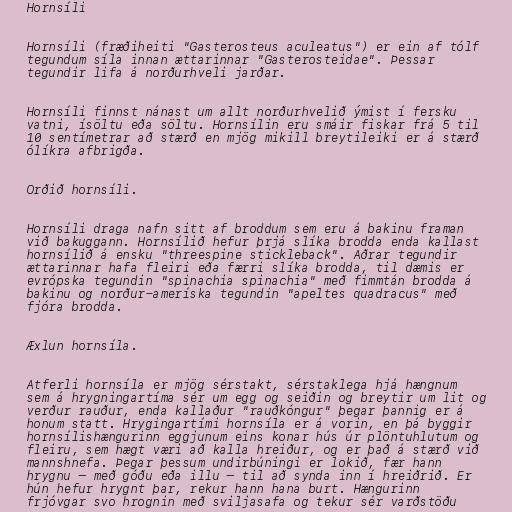
Hornsíli

Hornsíli (fræðiheiti "Gasterosteus aculeatus") er ein af tólf
tegundum síla innan ættarinnar "Gasterosteidae". Þessar
tegundir lifa á norðurhveli jarðar.

Hornsíli finnst nánast um allt norðurhvelið ýmist í fersku
vatni, ísöltu eða söltu. Hornsílin eru smáir fiskar frá 5 til
10 sentímetrar að stærð en mjög mikill breytileiki er á stærð
ólíkra afbrigða.

Orðið hornsíli.

Hornsíli draga nafn sitt af broddum sem eru á bakinu framan
við bakuggann. Hornsílið hefur þrjá slíka brodda enda kallast
hornsílið á ensku "threespine stickleback". Aðrar tegundir
ættarinnar hafa fleiri eða færri slíka brodda, til dæmis er
evrópska tegundin "spinachia spinachia" með fimmtán brodda á
bakinu og norður-ameríska tegundin "apeltes quadracus" með
fjóra brodda.

Æxlun hornsíla.

Atferli hornsíla er mjög sérstakt, sérstaklega hjá hængnum
sem á hrygningartíma sér um egg og seiðin og breytir um lit og
verður rauður, enda kallaður "rauðkóngur" þegar þannig er á
honum statt. Hrygingartími hornsíla er á vorin, en þá byggir
hornsílishængurinn eggjunum eins konar hús úr plöntuhlutum og
fleiru, sem hægt væri að kalla hreiður, og er það á stærð við
mannshnefa. Þegar þessum undirbúningi er lokið, fær hann
hrygnu — með góðu eða illu — til að synda inn í hreiðrið. Er
hún hefur hrygnt þar, rekur hann hana burt. Hængurinn
frjóvgar svo hrognin með sviljasafa og tekur sér varðstöðu